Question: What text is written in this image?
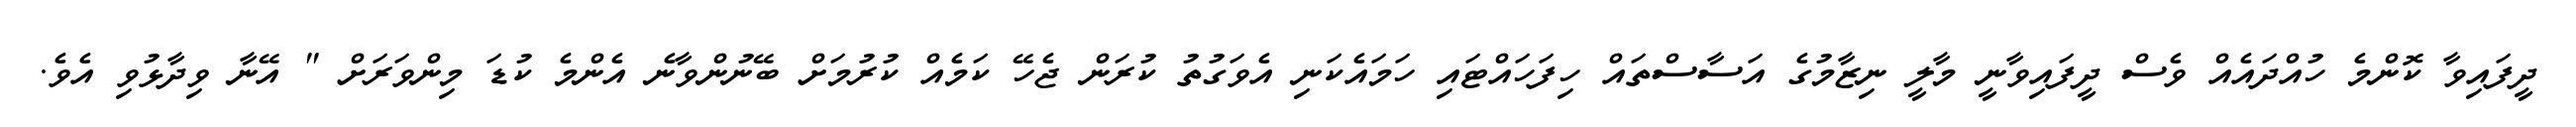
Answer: ދީފައިވާ ކޮންމެ ހުއްދައެއް ވެސް ދީފައިވާނީ މާލީ ނިޒާމުގެ އަސާސްތައް ހިފަހައްޓައި ހަމައެކަނި އެވަގުތު ކުރަން ޖެހޭ ކަމެއް ކުރުމަށް ބޭނުންވާނެ އެންމެ ކުޑަ މިންވަރަށް " އޭނާ ވިދާޅުވި އެވެ.